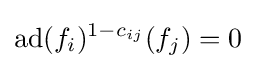
\operatorname {ad} (f_{i})^{1-c_{ij}}(f_{j})=0